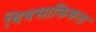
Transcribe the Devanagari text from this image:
थियसाफिकल